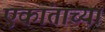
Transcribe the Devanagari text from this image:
एकांताच्या